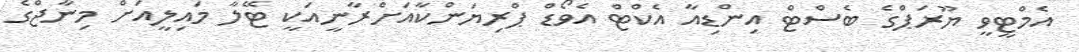
އެމްޓީވީ ޔޫރަޕްގެ ބެސްޓް އިންޑިއާ އެކްޓްް އެވޯޑް ޕްރިޔަންކާއަށްރާނީއަކީ ޓޭލާ މައިލީއަށް މިނާޖްގެ